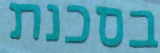
בסכנת